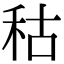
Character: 秙